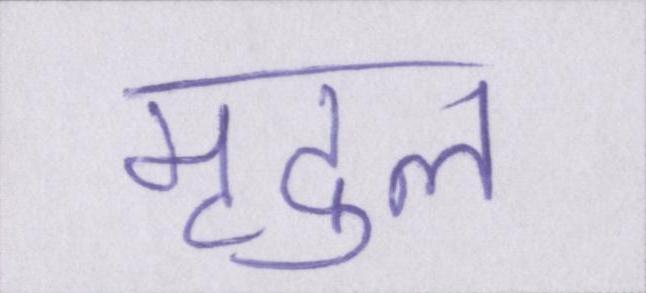
मृदुल